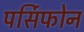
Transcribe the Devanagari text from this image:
पर्सिफोन